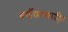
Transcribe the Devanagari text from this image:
वर्गीकरणासहित